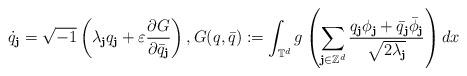
LaTeX: \begin{align*}\dot{q}_\textbf{j}=\sqrt{-1}\left(\lambda_\textbf{j}q_\textbf{j}+\varepsilon\frac{\partial G}{\partial \bar{q}_\textbf{j}}\right),G(q,\bar q):=\int_{\mathbb{T}^d}g\left(\sum_{\textbf{j}\in\mathbb{Z}^d}\frac{q_\textbf{j}\phi_\textbf{j}+\bar q_\textbf{j}\bar\phi_\textbf{j}}{\sqrt{2\lambda_\textbf{j}}}\right)dx\end{align*}